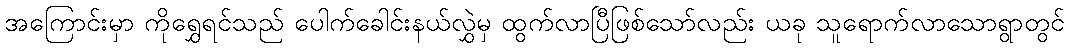
အကြောင်းမှာ ကိုရွှေရင်သည် ပေါက်ခေါင်းနယ်လွှဲမှ ထွက်လာပြီဖြစ်သော်လည်း ယခု သူရောက်လာသောရွာတွင်